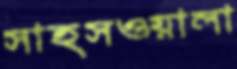
সাহসওয়ালা